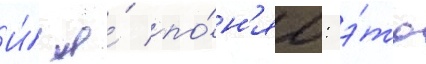
И́ я́ по́н'ял: э́то